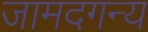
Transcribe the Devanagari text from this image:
जामदगन्य